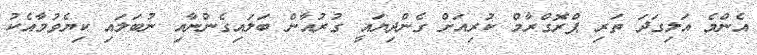
އެންމެ އަލިގަދަ ތަރި ޕްރޮގްރާމް ކުރިއަށް ގެންދިޔައީ ގުރުއާން ބަލައިގެންނާއި ނުބަލައި ކިޔެވުމާއެކު